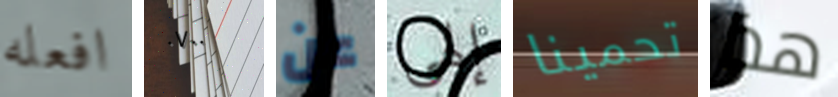
افعله ٠٧٠٠ عن إلهي تحمينا هذا